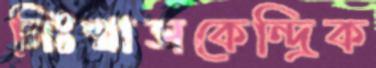
নিঃশ্বাসকেন্দ্রিক